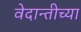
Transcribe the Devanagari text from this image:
वेदान्तीच्या